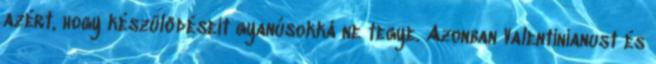
azért, hogy készülődéseit gyanúsokká ne tegye. Azonban Valentinianust és